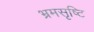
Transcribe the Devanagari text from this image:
भ्रमसृष्टि